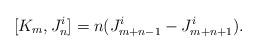
LaTeX: \begin{align*}[K_{m}, J^i_{n}] = n (J^i_{m + n-1} - J^i_{m +n + 1}).\end{align*}